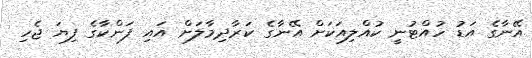
އޭނާގެ އަޑު ހުއްޓުނީ ކުއްލިއަކަށް އޭނާގެ ކަރާދިމާލަށް އައި ފަންކާގެ ފިޔަ ޖެހި